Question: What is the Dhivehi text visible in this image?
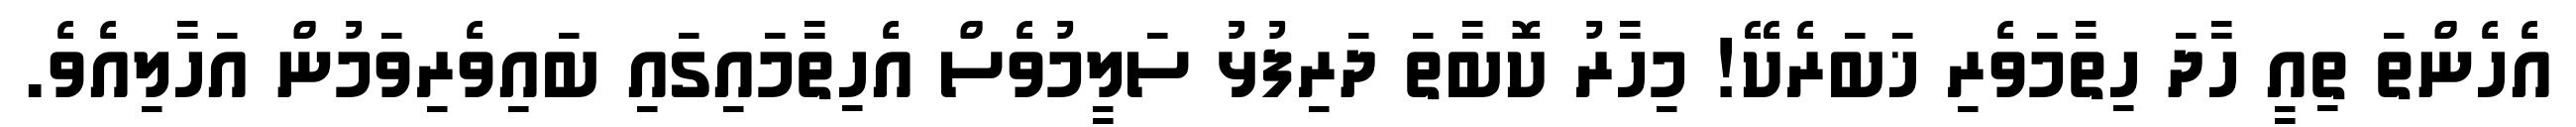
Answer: އެހެންތަ ތިއީ ހާދަ ހިތާމަވެރި ޚަބަރެކޭ! މިހާރު ކޮބާތަ ދަރިފުޅު ސަލީމުވެސް އެހިތާމައިގައި ބައިވެރިވަމުން އަހާލިއެވެ.